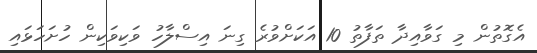
އެގޮތުން މި ގަވާއިދާ ތަފާތު 10 އަކަށްވުރެ ގިނަ އިސްލާހު ވަކިވަކިން ހުށަހަޅައި